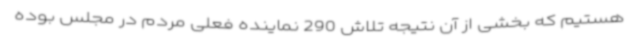
هستیم که بخشی از آن نتیجه تلاش 290 نماینده فعلی مردم در مجلس بوده